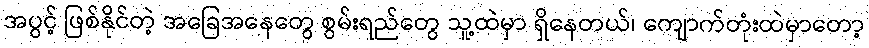
အပွင့် ဖြစ်နိုင်တဲ့ အခြေအနေတွေ စွမ်းရည်တွေ သူ့ထဲမှာ ရှိနေတယ်၊ ကျောက်တုံးထဲမှာတော့